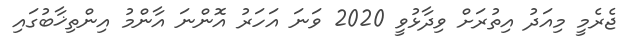
ޖެރެމީ މިއަދު އިތުރަށް ވިދާޅުވީ 2020 ވަނަ އަހަރު އޮންނަ އާންމު އިންތިޚާބުގައި